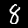
Label: 8